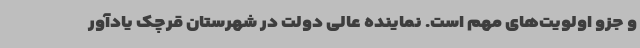
و جزو اولویت‌های مهم است. نماینده عالی دولت در شهرستان قرچک یادآور